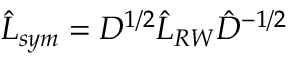
\hat { L } _ { s y m } = D ^ { 1 / 2 } \hat { L } _ { R W } \hat { D } ^ { - 1 / 2 }